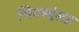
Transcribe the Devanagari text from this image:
भिक्खूंसह